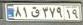
۸۱ق۳۷۹۱۹